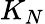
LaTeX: K_{N}